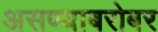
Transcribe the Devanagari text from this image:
असण्याबरोबर